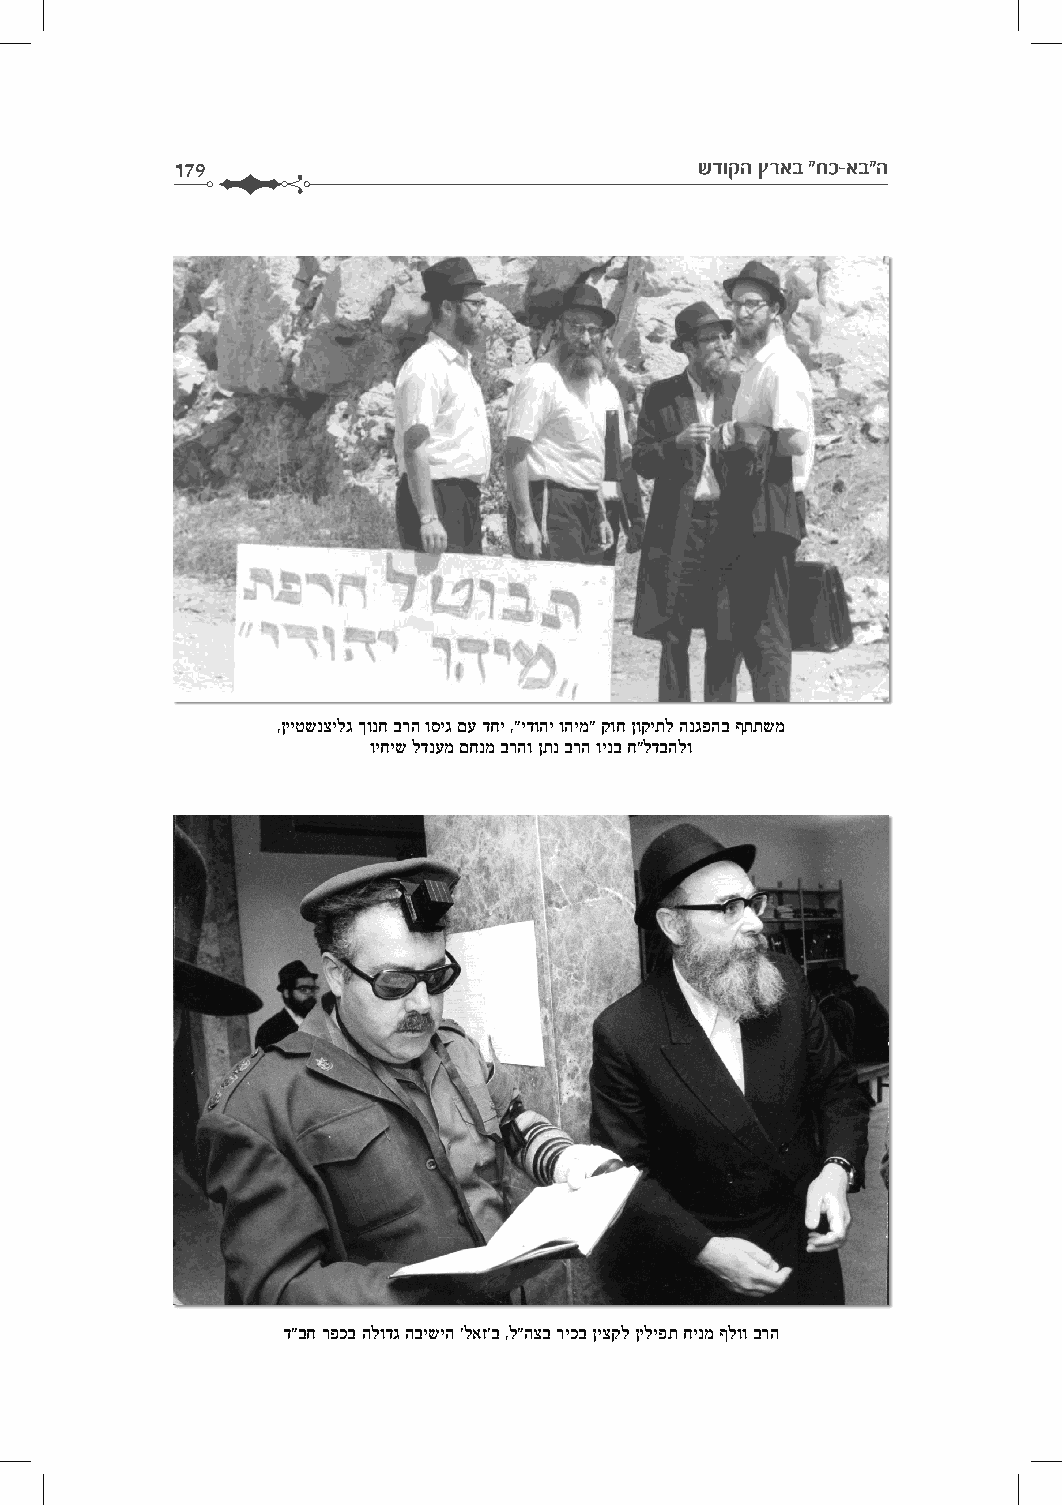
179                                שדוקה ץראב "חכ-אב"ה
 ,ןייטשנצילג ךונח ברה וסיג םע דחי ,"ידוהי והימ" קוח ןוקיתל הנגפהב ףתתשמ
 ויחיש לדנעמ םחנמ ברהו ןתנ ברה וינב ח"לדבהלו
 ד"בח רפכב הלודג הבישיה 'לאז'ב ,ל"הצב ריכב ןיצקל ןיליפת חינמ ףלוו ברה